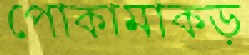
পোকামাকড়